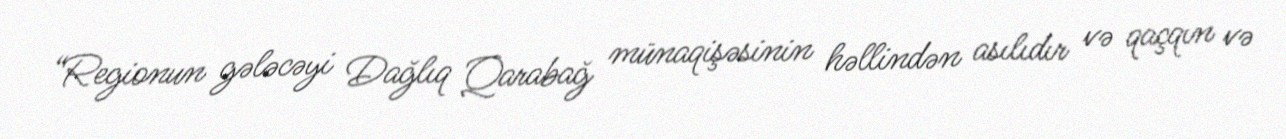
“Regionun gələcəyi Dağlıq Qarabağ münaqişəsinin həllindən asılıdır və qaçqın və